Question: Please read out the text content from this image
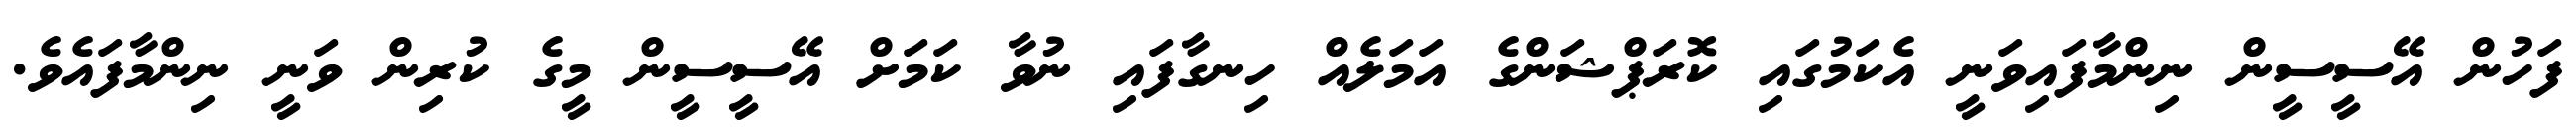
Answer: ފަހުން އޭސީސީން ނިންމާފައިވަނީ އެކަމުގައި ކޮރަޕްޝަންގެ އަމަލެއް ހިނގާފައި ނުވާ ކަމަށް އޭސީސީން މީގެ ކުރިން ވަނީ ނިންމާފައެވެ.